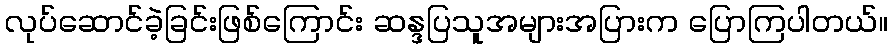
လုပ်ဆောင်ခဲ့ခြင်းဖြစ်ကြောင်း ဆန္ဒပြသူအများအပြားက ပြောကြပါတယ်။